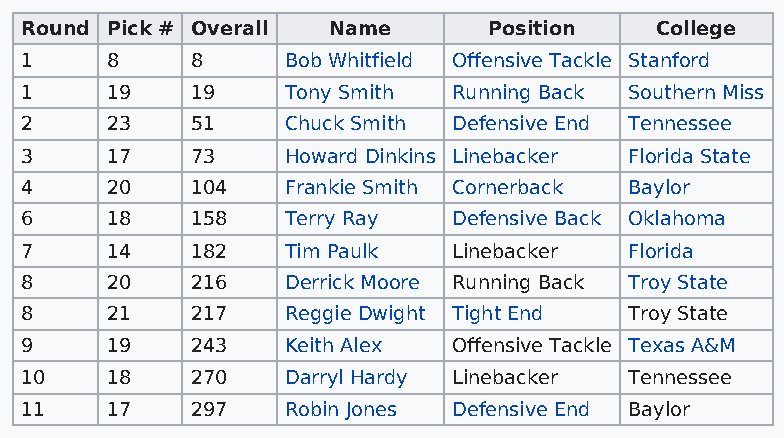
Round Pick # Overall Name      Position   College
 1     8     8     Bob Whitfield Offensive Tackle Stanford
 1     19    19    Tony Smith Running Back Southern Miss
 2     23    51    Chuck Smith Defensive End Tennessee
 3     17    73    Howard Dinkins Linebacker Florida State
 4     20    104   Frankie Smith Cornerback Baylor
 6     18    158   Terry Ray  Defensive Back Oklahoma
 7     14    182   Tim Paulk  Linebacker  Florida
 8     20    216   Derrick Moore Running Back Troy State
 8     21    217   Reggie Dwight Tight End Troy State
 9     19    243   Keith Alex Offensive Tackle Texas A&M
 10    18    270   Darryl Hardy Linebacker Tennessee
 11    17    297   Robin Jones Defensive End Baylor